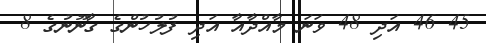
45 46 އަދި 48 ވަނަ މާއްދާއާ އަދި ފުލުހުންގެ ގާނޫނުގެ 8